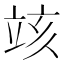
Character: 𥩲